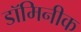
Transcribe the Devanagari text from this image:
डॉमिनीक